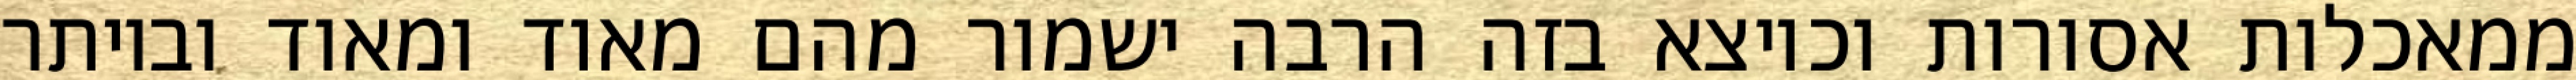
ממאכלות אסורות וכיוצא בזה הרבה ישמור מהם מאוד ומאוד וביותר